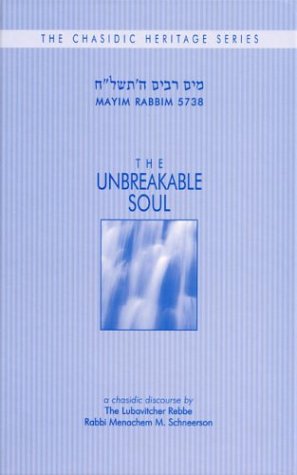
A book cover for The Unbreakable Soul: A Discourse by Rabbi Menachem M. Schneerson of Chabad-Lubavitch (Chasidic Heritage); Ari Sollish; Religion & Spirituality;